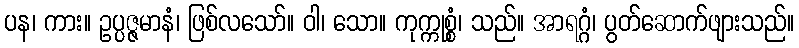
ပန၊ ကား။ ဥပ္ပဇ္ဇမာနံ၊ ဖြစ်လသော်။ ဝါ၊ သော။ ကုက္ကုစ္စံ၊ သည်။ အာရဂ္ဂံ၊ ပွတ်ဆောက်ဖျားသည်။